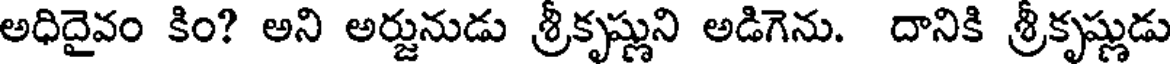
అధిదైవం కిం? అని అర్జునుడు శ్రీకృష్ణుని అడిగెను. దానికి శ్రీకృష్ణుడు